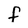
Character: f